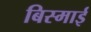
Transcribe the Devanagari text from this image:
बिस्माई